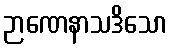
ဉာဏေနာသဒိသော